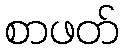
စာဖတ်